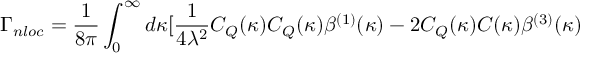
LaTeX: \Gamma _ { n l o c } = \frac { 1 } { 8 \pi } \int _ { 0 } ^ { \infty } d \kappa [ \frac { 1 } { 4 \lambda ^ { 2 } } C _ { Q } ( \kappa ) C _ { Q } ( \kappa ) \beta ^ { ( 1 ) } ( \kappa ) - 2 C _ { Q } ( \kappa ) C ( \kappa ) \beta ^ { ( 3 ) } ( \kappa )